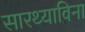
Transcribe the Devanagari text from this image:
सारथ्याविना